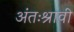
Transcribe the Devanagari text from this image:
अंतःश्रावी